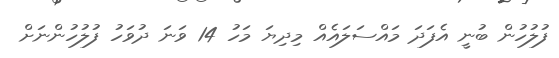
ފުލުހުން ބުނީ އެފަދަ މައްސަލައެއް މިދިޔަ މަހު 14 ވަނަ ދުވަހު ފުލުހުންނަށް